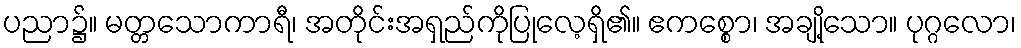
ပညာ၌။ မတ္တသောကာရီ၊ အတိုင်းအရှည်ကိုပြုလေ့ရှိ၏။ ဧကစ္စော၊ အချို့သော။ ပုဂ္ဂလော၊